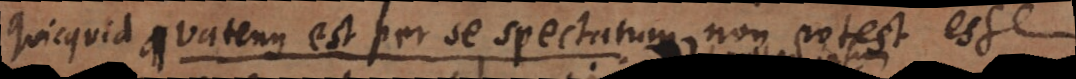
quicquid quatenus est per se spectatum non potest esse